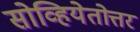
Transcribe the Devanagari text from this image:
सोव्हियेतोत्तर